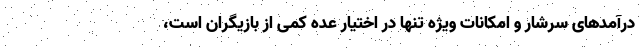
درآمدهای سرشار و امکانات ویژه تنها در اختیار عده کمی از بازیگران است،